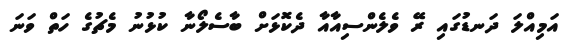
އަމިއްލަ ދަނޑުގައި ރޭ ވެލެންސިއާއާ ދެކޮޅަށް ބާސެލޯނާ ކުޅުނު މެޗުގެ ހަތް ވަނަ